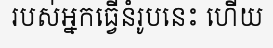
របស់អ្នកធ្វើនំរូបនេះ ហើយ